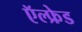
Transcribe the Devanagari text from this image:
ऍल्फ्रेड